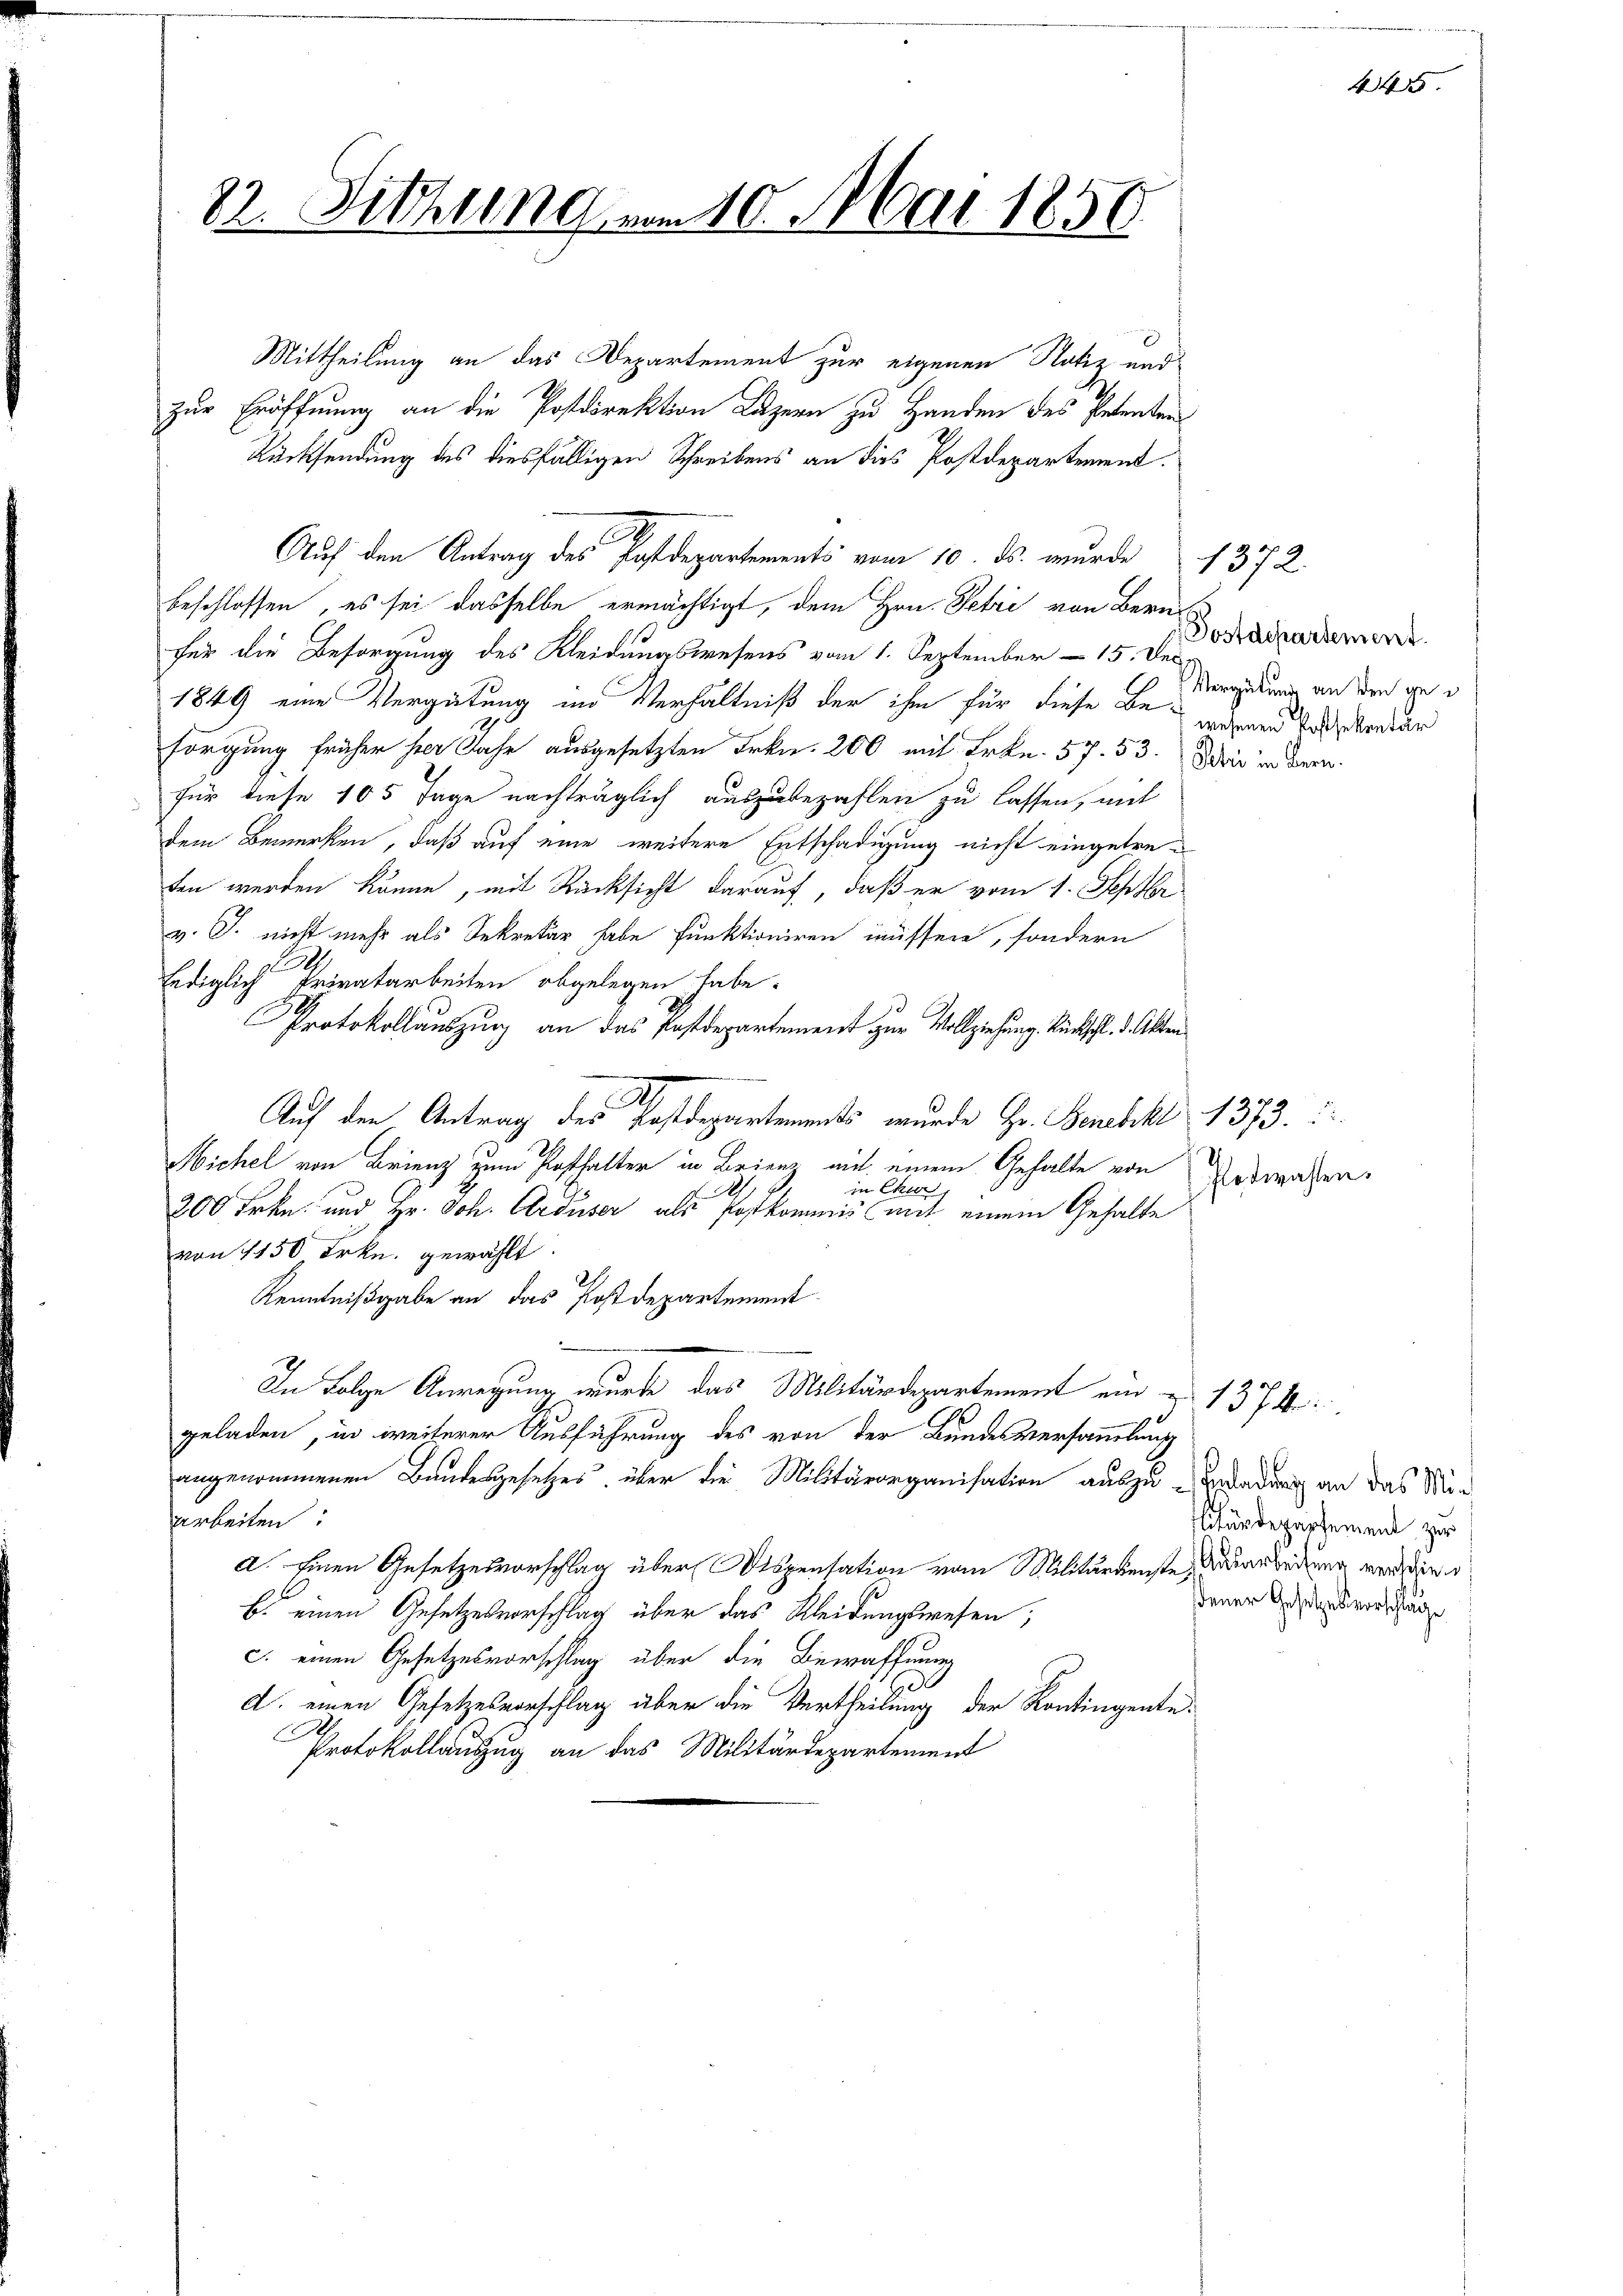
82. Sitzung am 10. Mai 1850.

Mittheilung an das Departement zur eigenen Notiz und
zur Eröffnung an die Postdirektion Luzern zu Handen des Petenten
Rücksendung des diesfälligen Schreibens an dies Postdepartement.
Auf den Antrag des Postdepartements vom 10. ds. wurde 1372.
beschlossen, es sei dasselbe ermächtigt, dem Hrn. Petri von Bern
für die Besorgung des Kleidungswesens vom 1. September - 15. Dec
1849 eine Vergütung in Verhältniß der ihm für diese Besorgung früher hier Jahr ausgesetzten Frkn. 200 mit Frkn. 57. 53. Dir in Bern.
für diese 105 Tage nachträglich auszubezahlen zu lassen, mit
dem Bemerken, daß auf eine weitere Entschädigung nicht eingetreten werden könne, mit Rücksicht darauf, daß er vom 1. Septbr
v. J. nicht mehr als Sekretär habe funktioniren müssen, sondern
lediglich Privatarbeiten abgelegen habe.
Protokollauszug an das Postdepartement zur Vollziehung Rückschl. d. Akten
Auf den Antrag des Postdepartements wurde Hr. Benebek 1373.
I
Hichel von Brienz zum Posthalter in Brienz mit einem Gehalte von
in Cher
200 Frkn. und Hr. Joh. Arduser als Postkommnis mit einem Gehalte
von 1150 Frkn. gewählt.
Kenntnißgabe an das Postdepartement
In Folge Anregung wurde das Militärdepartement ein u. 1374
geladen, in weiterer Ausführung des von der Bundesversammlung
angenommenen Bandesgesetzes, über die Militärorganisation auszu-Erladung an das Min
arbeiten
a. Einen Gesetzesvorschlag über Dispensation vom Militärdienste, Ausarbedung werden
b. einen Gesetzesvorschlag über das Kleidungswesen;
c. einen Gesetzesvorschlag über die Bewaffnung
E
d. einen Gesetzesvorschlag über die Vertheilung der Kontingente
Protokollauszug an das Militärdepartement

Postdepartement.
Vergütung an den gewesenen Postsekentar

Fotwahlen.

445.

litärdepartement zur
dener Gesetzesvorschlage